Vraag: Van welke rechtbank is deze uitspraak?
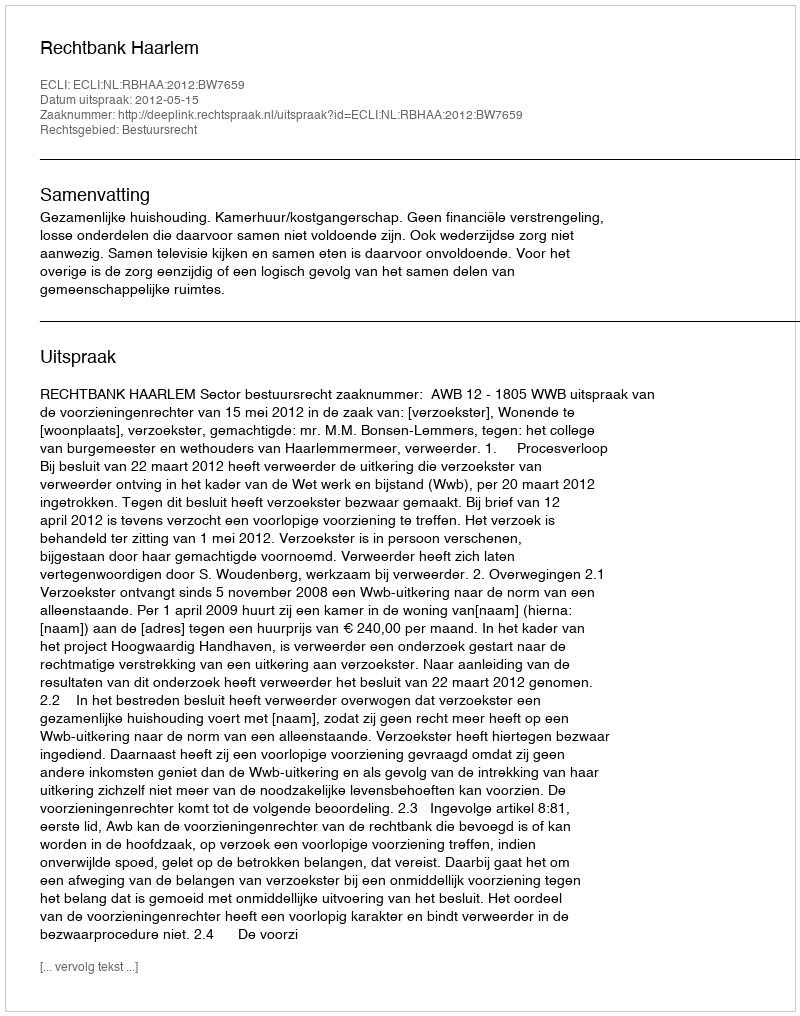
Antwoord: Rechtbank Haarlem